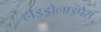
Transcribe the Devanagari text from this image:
हाइड्रोलाइपेस